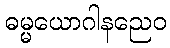
ဓမ္မယောဂါနညေဝ